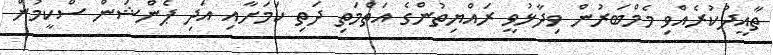
ތާއީދުކުރެއްވި މެމްބަރުން ވިދާޅުވީ ރައްޔިތުންގެ އަތްމަތި ދަތި ކަމަށާއި އަދި ޕެންޝަން ސްކީމުން